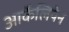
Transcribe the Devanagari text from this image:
आर्केलियेन